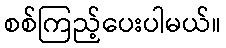
စစ်ကြည့်ပေးပါမယ်။